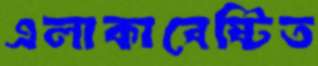
এলাকাবেষ্টিত